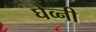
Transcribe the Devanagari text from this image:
घेव्नी